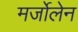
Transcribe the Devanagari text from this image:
मर्जोलेन